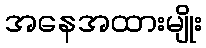
အနေအထားမျိုး